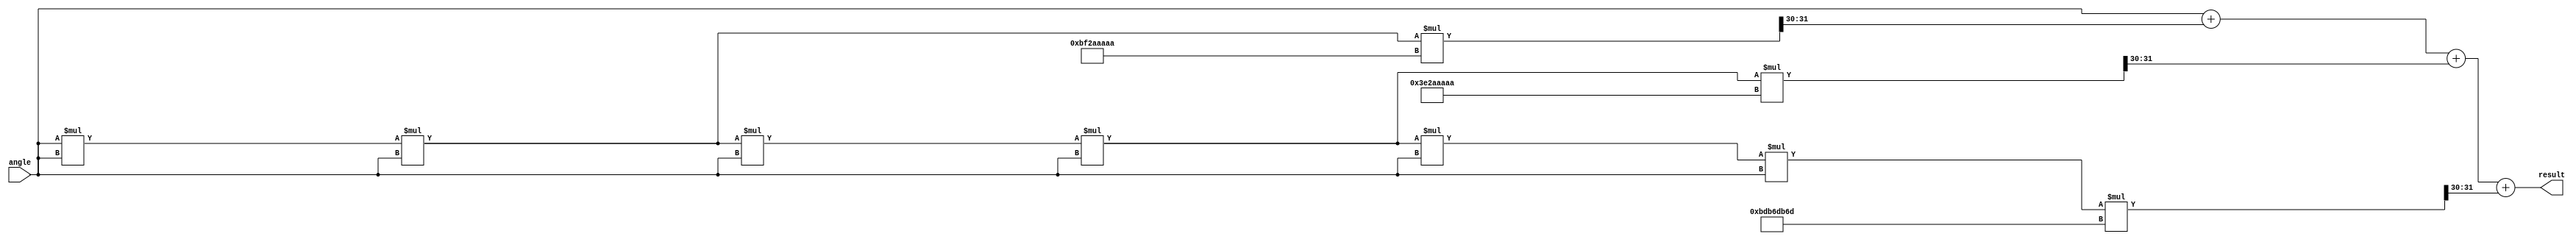
module sine_approx(
    input wire [31:0] angle, // Input angle in radians (floating point or fixed point)
    output reg [31:0] result // Output sine value (fixed point or floating point)
);

    // Constants for Taylor series coefficients
    parameter integer A1 = 32'h3F199999; // 1.0 (as fixed point)
    parameter integer A3 = 32'hBF2AAAAA; // -1/6 (as fixed point)
    parameter integer A5 = 32'h3E2AAAAA; // 1/120 (as fixed point)
    parameter integer A7 = 32'hBDB6DB6D; // -1/5040 (as fixed point)

    // Internal registers for computation
    reg [31:0] x3, x5, x7;
    reg [31:0] term1, term2, term3, term4;

    always @(*) begin
        // Range reduction can be added here
        // For simplicity, we assume angle is already normalized

        // Calculate x^3, x^5, x^7 using simple multiplication
        x3 = angle * angle * angle; // x^3
        x5 = x3 * angle * angle; // x^5
        x7 = x5 * angle * angle; // x^7

        // Calculate each term of the Taylor series
        term1 = angle; // x
        term2 = (x3 * A3) >> 30; // -x^3 / 6
        term3 = (x5 * A5) >> 30; // x^5 / 120
        term4 = (x7 * A7) >> 30; // -x^7 / 5040

        // Sum the terms to get the sine value
        result = term1 + term2 + term3 + term4;
    end

endmodule